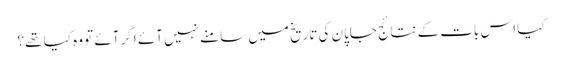
کیا اس بات کے نتائج جاپان کی تاریخ میں سامنے نہیں آئے اگر آئے تو وہ کیا تھے؟